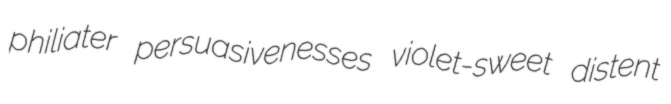
philiater persuasivenesses violet-sweet distent